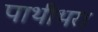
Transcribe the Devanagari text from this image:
पाथीभरा